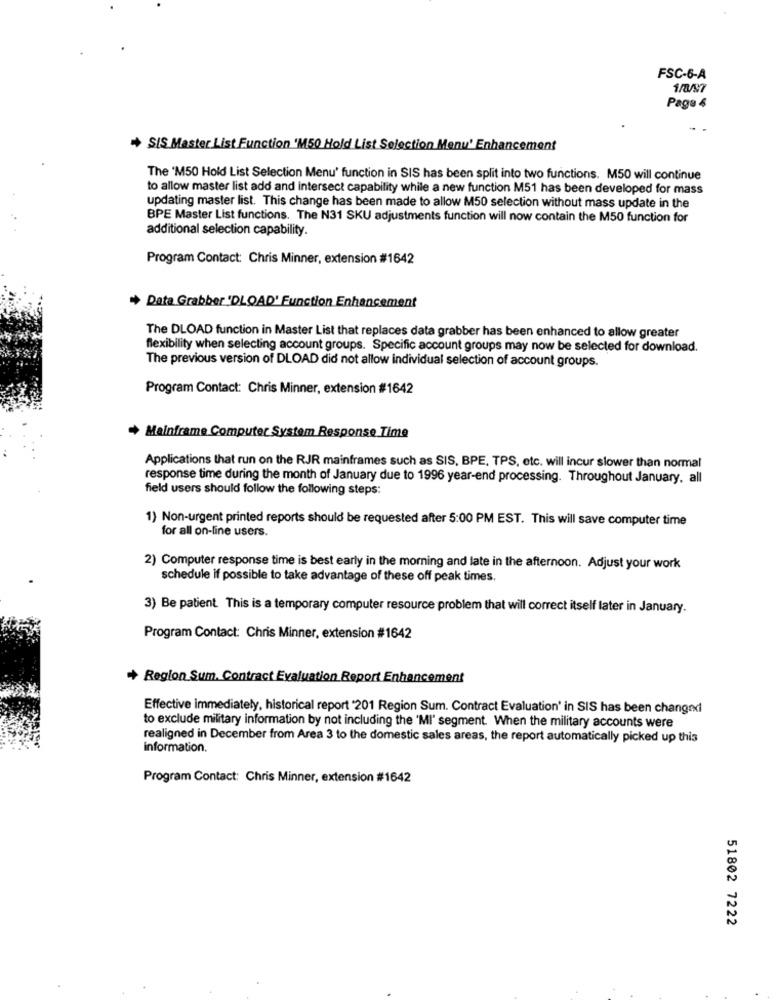
FSC-6-A
Page 4
SIS Master List Function 'M50 Hold List Selection Menu' Enhancement
The 'M50 Hold List Selection Menu' function in SIS has been split into two functions. M50 will continue
to allow master list add and intersect capability while a new function M51 has been developed for mass
updating master list. This change has been made to allow M50 selection without mass update in the
BPE Master List functions. The N31 SKU adjustments function will now contain the M50 function for
additional selection capability.
Program Contact: Chris Minner, extension #1642
+ Data Grabber 'DLOAD' Function Enhancement
The DLOAD function in Master List that replaces data grabber has been enhanced to allow greater
flexibility when selecting account groups. Specific account groups may now be selected for download.
The previous version of DLOAD did not allow individual selection of account groups.
Program Contact: Chris Minner, extension #1642
+ Mainframe Computer System Response Time
Applications that run on the RJR mainframes such as SIS, BPE, TPS, etc. will incur slower than normal
response time during the month of January due to 1996 year-end processing. Throughout January, all
field users should follow the following steps:
1) Non-urgent printed reports should be requested after 5:00 PM EST. This will save computer time
for all on-line users.
2) Computer response time is best early in the morning and late in the afternoon. Adjust your work
schedule if possible to take advantage of these off peak times.
3) Be patient This is a temporary computer resource problem that will correct itself later in January.
Program Contact: Chris Minner, extension #1642
+ Region Sum. Contract Evaluation Report Enhancement
Effective immediately, historical report '201 Region Sum. Contract Evaluation' in SIS has been changed
to exclude military information by not including the 'MI" segment. When the military accounts were
realigned in December from Area 3 to the domestic sales areas, the report automatically picked up this
information.
Program Contact: Chris Minner, extension #1642
51802 7222